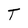
Character: T